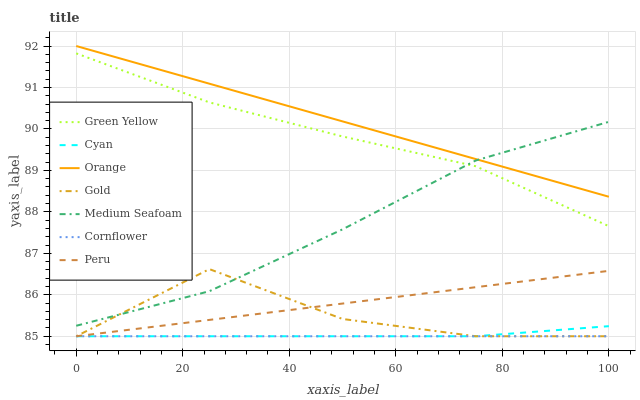
| xaxis_label | Green Yellow | Cyan | Orange | Gold | Medium Seafoam | Cornflower | Peru |
 | --- | --- | --- | --- | --- | --- | --- | --- |
 | 0 | 91.8 | 85 | 92 | 85 | 85.3 | 85 | 85 |
 | 25 | 90.6 | 85 | 91.1 | 86.6 | 86.1 | 85 | 85.4 |
 | 50 | 89.8 | 85 | 90.2 | 85.4 | 87.6 | 85 | 85.8 |
 | 75 | 89.1 | 85 | 89.3 | 85 | 89.2 | 85 | 86.2 |
 | 100 | 87.7 | 85.2 | 88.4 | 85 | 90.2 | 85 | 86.6 |